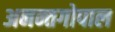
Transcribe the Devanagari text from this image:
अनन्तगोपाल